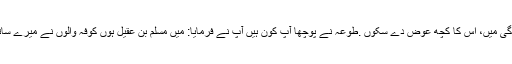
ممکن ہے اپنی زندگی میں، اس کا کچھ عوض دے سکوں .طوعہ نے پوچھا آپ کون ہیں آپ نے فرمایا: میں مسلم بن عقیل ہوں کوفہ والوں نے میرے ساتھ غداری کی ہے ۔